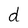
Character: d